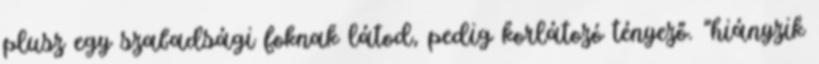
plusz egy szabadsági foknak látod, pedig korlátozó tényező. "hiányzik